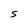
Character: S